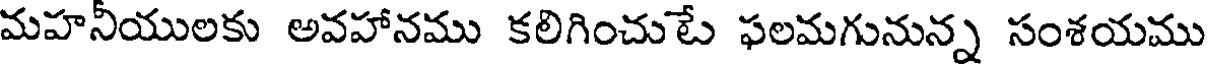
మహనీయులకు అవహానము కలిగించుటే ఫలమగునున్న సంశయము